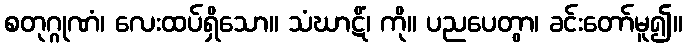
စတုဂ္ဂုဏံ၊ လေးထပ်ရှိသော။ သံဃာဋိံ၊ ကို။ ပညပေတွာ၊ ခင်းတော်မူ၍။